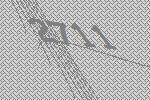
2711